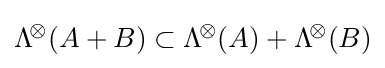
\mathrm {\Lambda } ^{\!\otimes }\!\left(A+B\right)\subset \mathrm {\Lambda } ^{\!\otimes }\!\left(A\right)+\mathrm {\Lambda } ^{\!\otimes }\!\left(B\right)